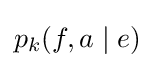
p_{k}(f,a\mid e)